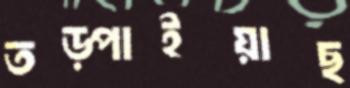
তড়্‌পাইয়াছ